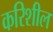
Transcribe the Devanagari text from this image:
करिशील